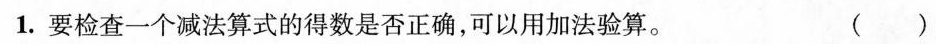
1.要检查一个减法算式的得数是否正确，可以用加法验算。 ( )